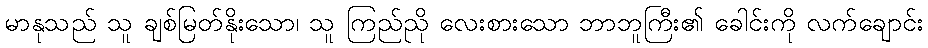
မာနုသည် သူ ချစ်မြတ်နိုးသော၊ သူ ကြည်ညို လေးစားသော ဘာဘူကြီး၏ ခေါင်းကို လက်ချောင်း